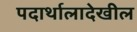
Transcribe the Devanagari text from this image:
पदार्थालादेखील